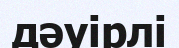
дәуірлі